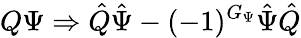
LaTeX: Q\Psi\Rightarrow\hat{Q}\hat{\Psi}-(-1)^{G_{\Psi}}\hat{\Psi}\hat{Q}